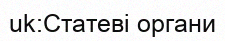
uk:Статеві органи